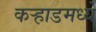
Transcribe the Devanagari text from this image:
कर्‍हाडमध्ये